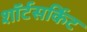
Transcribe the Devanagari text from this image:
शॉर्टसर्किट